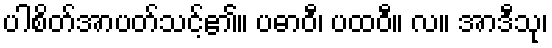
ပါစိတ်အာပတ်သင့်၏။ ပဓာဝီ၊ ပထဝီ။ လ။ အာဒီသု၊